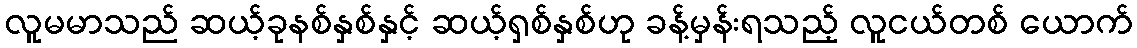
လူမမာသည် ဆယ့်ခုနစ်နှစ်နှင့် ဆယ့်ရှစ်နှစ်ဟု ခန့်မှန်းရသည့် လူငယ်တစ် ယောက်